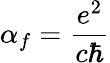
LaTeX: \alpha_{f}=\frac{e^{2}}{c\hbar}